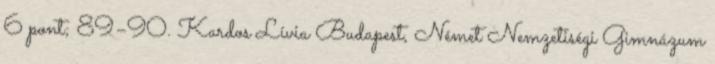
6 pont; 89–90. Kardos Lívia Budapest, Német Nemzetiségi Gimnázum